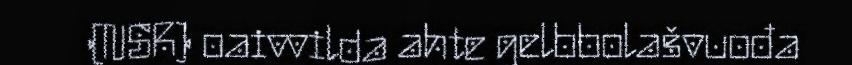
(NSR) oaivvilda ahte gelbbolašvuođa